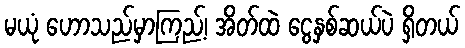
မယုံ ဟောသည်မှာကြည့်၊ အိတ်ထဲ ငွေနှစ်ဆယ်ပဲ ရှိတယ်